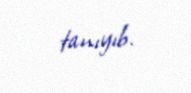
tanıyıb.